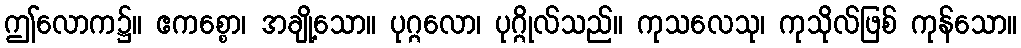
ဤလောက၌။ ဧကစ္စော၊ အချို့သော။ ပုဂ္ဂလော၊ ပုဂ္ဂိုလ်သည်။ ကုသလေသု၊ ကုသိုလ်ဖြစ် ကုန်သော။